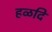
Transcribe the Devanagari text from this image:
हळदि